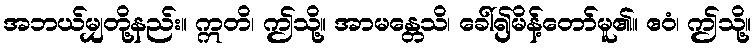
အဘယ်မျှတို့နည်း။ ဣတိ၊ ဤသို့။ အာမန္တေသိ၊ ခေါ်၍မိန့်တော်မူ၏။ ဧဝံ၊ ဤသို့။